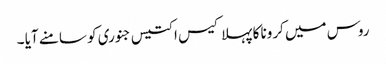
روس میں کرونا کا پہلا کیس ا کتیس جنوری کو سامنے آیا ۔